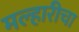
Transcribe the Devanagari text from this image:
मल्हारीचा